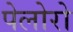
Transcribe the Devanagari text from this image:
पेलोरो